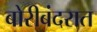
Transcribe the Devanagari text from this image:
बोरीबंदरात